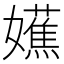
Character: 𫲔